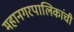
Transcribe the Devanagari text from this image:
महानगरपालिकांची